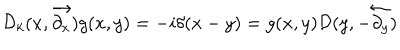
LaTeX: { \cal D } _ { k } ( x , \overrightarrow { \partial _ { x } } ) g ( x , y ) = - i \delta ( x - y ) = g ( x , y ) { \cal D } ( y , - \overleftarrow { \partial _ { y } } )